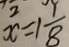
x = 1 \frac { 1 } { 8 }